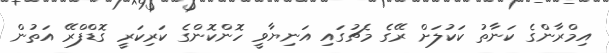
އިމްރާންގެ ކަނާތު ކަކުލަށް ރޭގެ މެޗުގައި އަނިޔާވީ ހޮންކޮންގެ ކަރިކަރީ ގޮޑްފްރޭ އަތުން